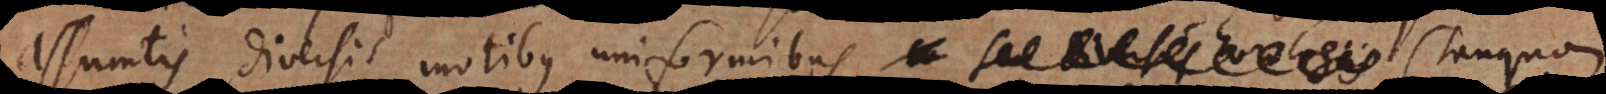
assumtis diversis motibus uniformibus, seu